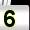
Digit: 5